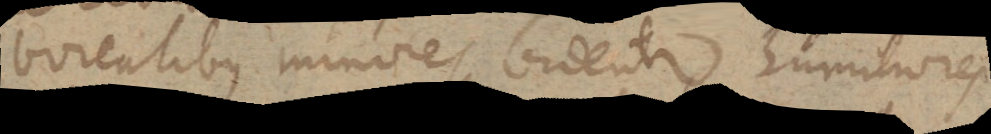
borealibus minores videntur, humiliores